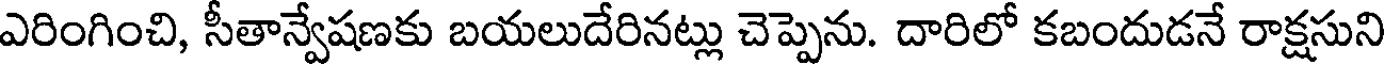
ఎరింగించి, సీతాన్వేషణకు బయలుదేరినట్లు చెప్పెను. దారిలో కబందుడనే రాక్షసుని